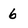
Character: 6